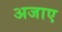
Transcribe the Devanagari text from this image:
अजाए